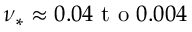
\nu _ { * } \approx 0 . 0 4 \mathrm { ~ t ~ o ~ } 0 . 0 0 4